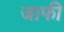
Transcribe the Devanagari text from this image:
जाफी